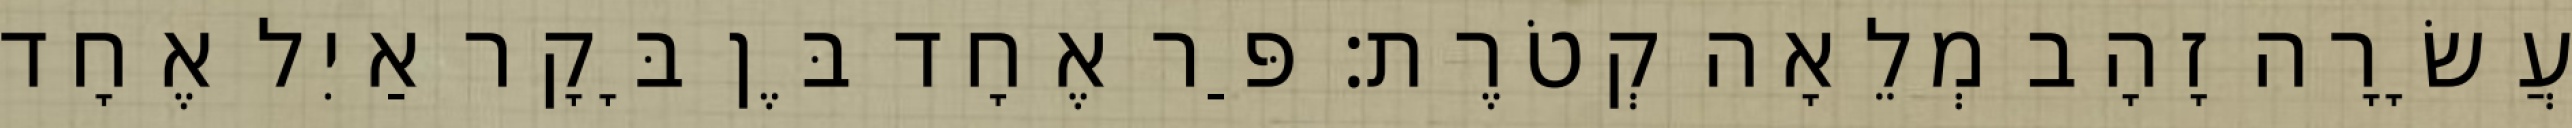
עֲשָׂרָה זָהָב מְלֵאָה קְטֹרֶת׃ פַּר אֶחָד בֶּן בָּקָר אַיִל אֶחָד